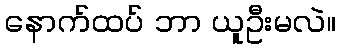
နောက်ထပ် ဘာ ယူဦးမလဲ။